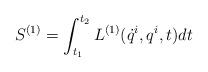
LaTeX: \begin{align*}S^{(1)}=\int^{t_{2}}_{t_{1}}L^{(1)}(\dot{q}^{i},q^{i},t)dt\end{align*}